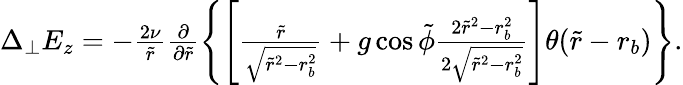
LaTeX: \begin{array}{r}{\Delta_{\perp}E_{z}=-\frac{2\nu}{\tilde{r}}\frac{\partial}{\partial\tilde{r}}\left\{ \left[\frac{\tilde{r}}{\sqrt{\tilde{r}^{2}-r_{b}^{2}}}+g\cos\tilde{\phi}\frac{2\tilde{r}^{2}-r_{b}^{2}}{2\sqrt{\tilde{r}^{2}-r_{b}^{2}}}\right]\theta(\tilde{r}-r_{b})\right\} .}\end{array}